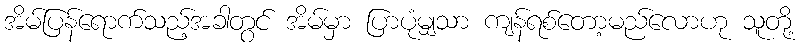
အိမ်ပြန်ရောက်သည့်အခါတွင် အိမ်မှာ ပြာပုံမျှသာ ကျန်ရစ်တော့မည်လောဟု သူတို့